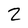
Character: 2